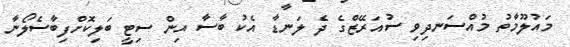
މައުލޫމާތު މުއްސަނދިވި ސުއަރޭޒްގެ ދެ ލަނޑާ އެކު ބާސާ އިން ސިޓީ ބަލިކޮށްފިބާސެލޯނާ